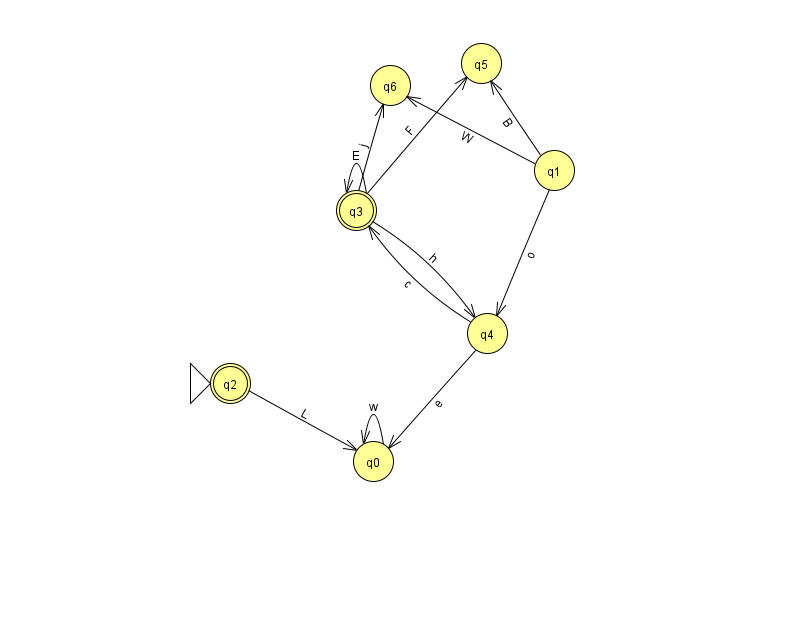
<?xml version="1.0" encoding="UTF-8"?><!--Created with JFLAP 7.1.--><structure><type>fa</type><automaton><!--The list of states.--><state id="0" name="q0"><x>373.0</x><y>448.0</y></state><state id="1" name="q1"><x>554.0</x><y>157.0</y></state><state id="2" name="q2"><x>230.0</x><y>370.0</y><initial/><final/></state><state id="3" name="q3"><x>356.0</x><y>197.0</y><final/></state><state id="4" name="q4"><x>487.0</x><y>320.0</y></state><state id="5" name="q5"><x>481.0</x><y>50.0</y></state><state id="6" name="q6"><x>390.0</x><y>72.0</y></state><!--The list of transitions.--><transition><from>4</from><to>0</to><read>e</read></transition><transition><from>4</from><to>3</to><read>c</read></transition><transition><from>3</from><to>6</to><read>j</read></transition><transition><from>3</from><to>3</to><read>E</read></transition><transition><from>0</from><to>0</to><read>w</read></transition><transition><from>2</from><to>0</to><read>L</read></transition><transition><from>3</from><to>4</to><read>h</read></transition><transition><from>3</from><to>5</to><read>F</read></transition><transition><from>1</from><to>5</to><read>B</read></transition><transition><from>1</from><to>4</to><read>o</read></transition><transition><from>1</from><to>6</to><read>W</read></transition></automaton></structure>